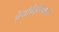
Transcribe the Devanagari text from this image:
प्रेयोब्रैझेंस्काया